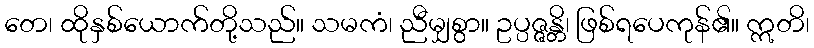
တေ၊ ထိုနှစ်ယောက်တို့သည်။ သမကံ၊ ညီမျှစွာ။ ဥပ္ပဇ္ဇန္တိ၊ ဖြစ်ရပေကုန်၏။ ဣတိ၊